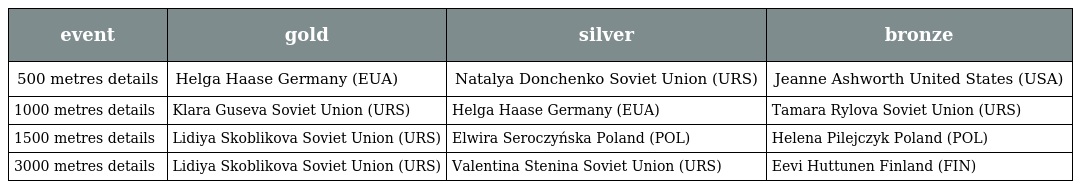
| event | gold | silver | bronze |
 | --- | --- | --- | --- |
 | 500 metres details | Helga Haase Germany (EUA) | Natalya Donchenko Soviet Union (URS) | Jeanne Ashworth United States (USA) |
 | 1000 metres details | Klara Guseva Soviet Union (URS) | Helga Haase Germany (EUA) | Tamara Rylova Soviet Union (URS) |
 | 1500 metres details | Lidiya Skoblikova Soviet Union (URS) | Elwira Seroczyńska Poland (POL) | Helena Pilejczyk Poland (POL) |
 | 3000 metres details | Lidiya Skoblikova Soviet Union (URS) | Valentina Stenina Soviet Union (URS) | Eevi Huttunen Finland (FIN) |